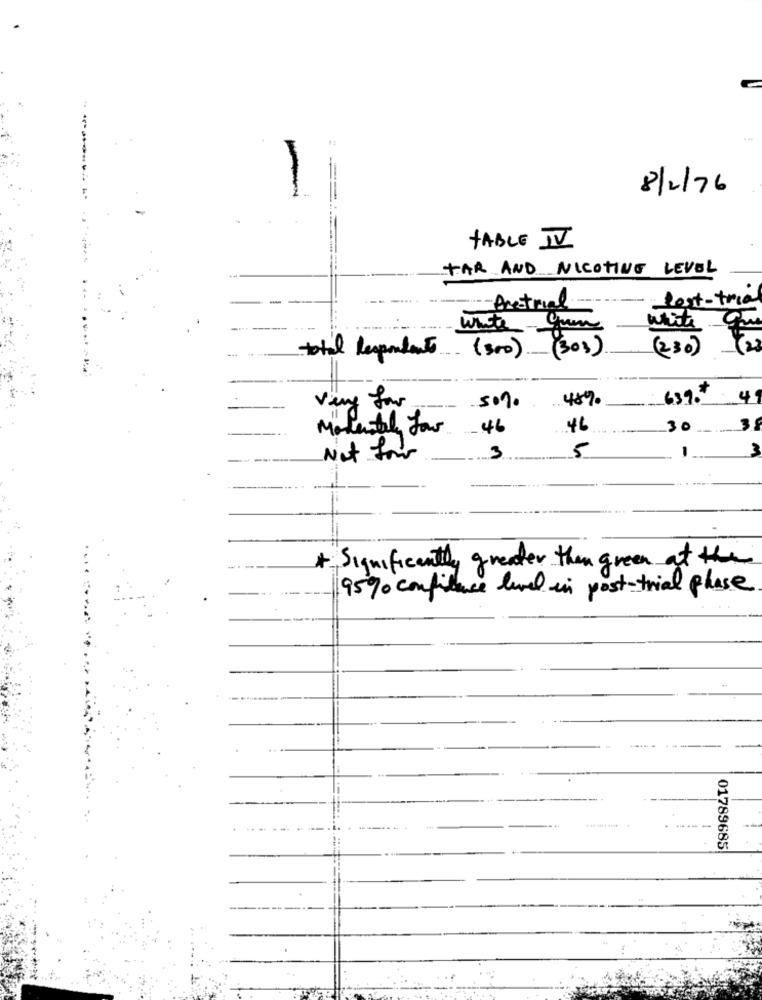
8/2/76
TABLE IV
TAR AND NICOTINE LEVEL
Post-trial
-Pretrial
write- Gun
White que
(230)
total Respondents (300) ._ (303).
Very for
45%
63%.
Moderately Low
-46
46
30
3
5
Not four
3
...
Significantly greater than green at the
95% confiture level in post-trial phase
01789685